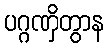
ပဂ္ဂဏှိတွာန